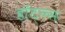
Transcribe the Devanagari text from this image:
हॉट्ल्स